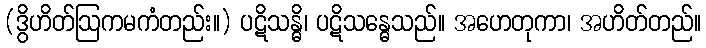
(ဒွိဟိတ်ဩကမကံတည်း။) ပဋိသန္ဓိ၊ ပဋိသန္ဓေသည်။ အဟေတုကာ၊ အဟိတ်တည်။